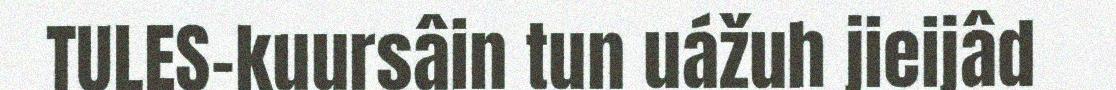
TULES-kuursâin tun uážuh jieijâd